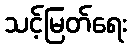
သင့်မြတ်ရေး